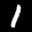
Label: 1